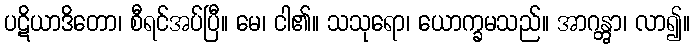
ပဋိယာဒိတော၊ စီရင်အပ်ပြီ။ မေ၊ ငါ၏။ သသုရော၊ ယောက္ခမသည်။ အာဂန္တွာ၊ လာ၍။